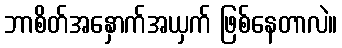
ဘာစိတ်အနှောက်အယှက် ဖြစ်နေတာလဲ။